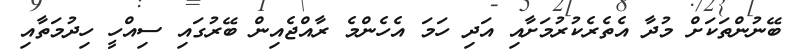
ބޭނުންތަކަށް މުދާ އެތެރެކުރުމަށާއި އަދި ހަމަ އެހެންމެ ރާއްޖެއިން ބޭރުގައި ސިއްހީ ހިދުމަތާއި